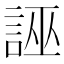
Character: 誣